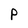
Character: P